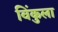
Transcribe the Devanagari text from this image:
विंकुला